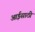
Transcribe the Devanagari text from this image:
आईसाठी